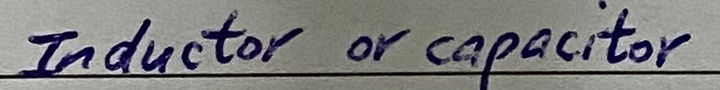
Text: Inductor or capacitor